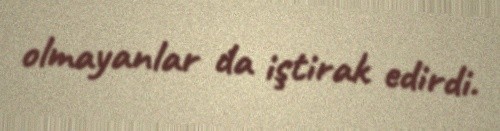
olmayanlar da iştirak edirdi.